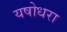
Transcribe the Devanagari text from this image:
यषोधरा